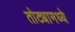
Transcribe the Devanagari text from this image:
तोट्यामध्ये